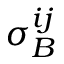
\sigma _ { B } ^ { i j }